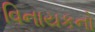
વિનાયકનો